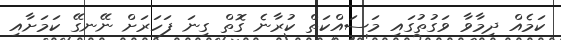
ކަމެއް ދިމާވާ ވަގުތުގައި މަސައްކަތް ކުރާނެ ގޮތް ގިނަ ފަހަރަށް ނޭނގޭ ކަމަށާއި